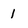
Character: 1